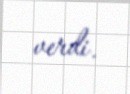
verdi.